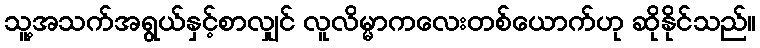
သူ့အသက်အရွယ်နှင့်စာလျှင် လူလိမ္မာကလေးတစ်ယောက်ဟု ဆိုနိုင်သည်။